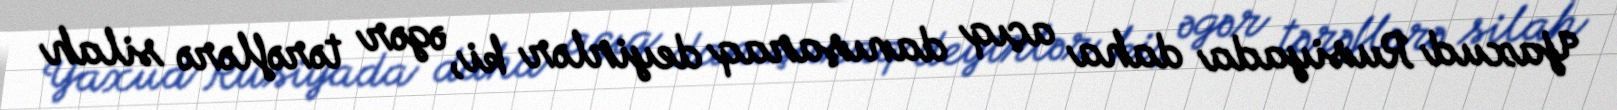
Yaxud Rusiyada daha açıq danışaraq deyirlər ki, əgər tərəflərə silah